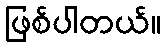
ဖြစ်ပါတယ်။